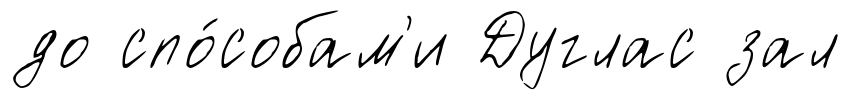
до спо́собам'и Дуглас зал